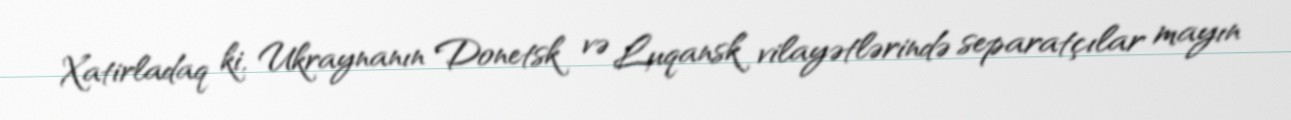
Xatirladaq ki, Ukraynanın Donetsk və Luqansk vilayətlərində separatçılar mayın